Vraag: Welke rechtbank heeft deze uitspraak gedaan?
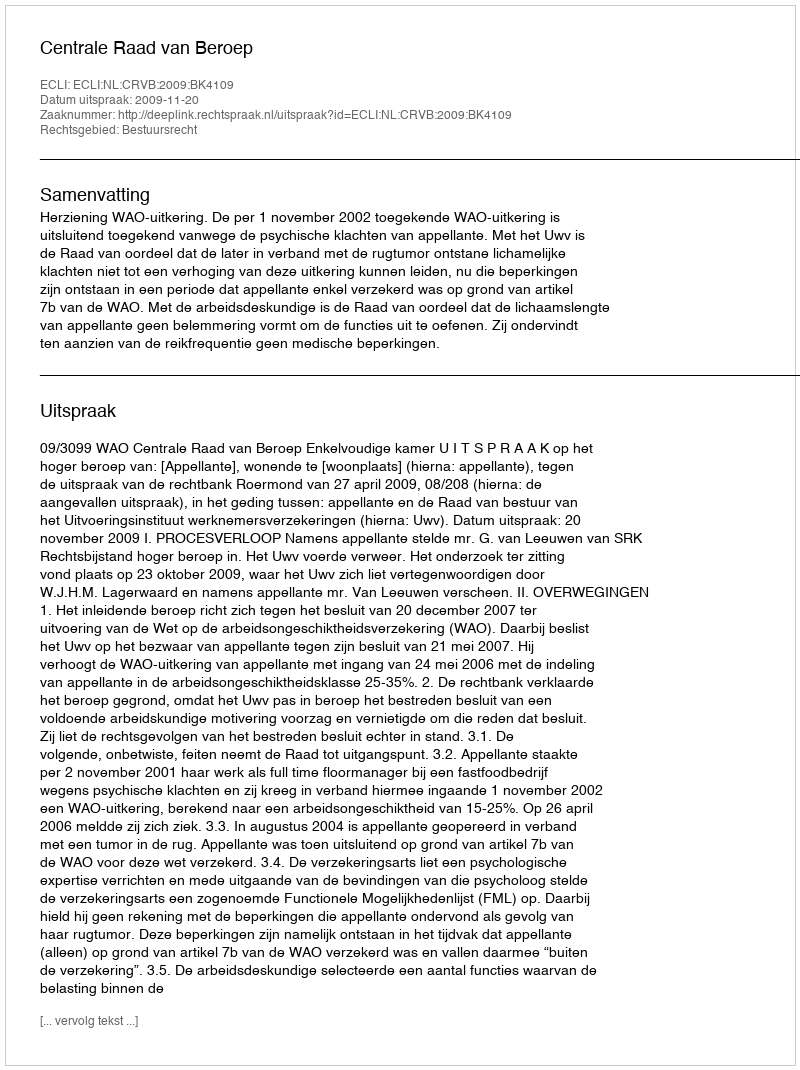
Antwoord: Centrale Raad van Beroep